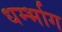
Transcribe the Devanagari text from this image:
धर्म्भाग